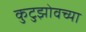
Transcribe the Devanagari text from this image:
कुटुझोवच्या